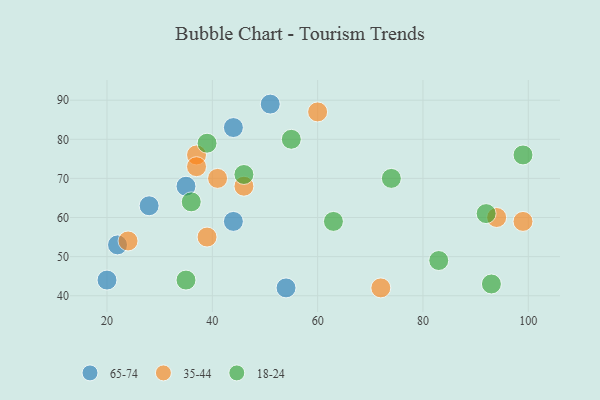
{"axis": {"x": "GDP", "y": "Life Expectancy"}, "legend": ["18-24", "35-44", "65-74"], "data": [{"x": "35", "y": 68, "type": "65-74"}, {"x": "44", "y": 59, "type": "65-74"}, {"x": "54", "y": 42, "type": "65-74"}, {"x": "28", "y": 63, "type": "65-74"}, {"x": "22", "y": 53, "type": "65-74"}, {"x": "51", "y": 89, "type": "65-74"}, {"x": "44", "y": 83, "type": "65-74"}, {"x": "20", "y": 44, "type": "65-74"}, {"x": "24", "y": 54, "type": "35-44"}, {"x": "37", "y": 76, "type": "35-44"}, {"x": "94", "y": 60, "type": "35-44"}, {"x": "41", "y": 70, "type": "35-44"}, {"x": "60", "y": 87, "type": "35-44"}, {"x": "39", "y": 55, "type": "35-44"}, {"x": "37", "y": 73, "type": "35-44"}, {"x": "99", "y": 59, "type": "35-44"}, {"x": "46", "y": 68, "type": "35-44"}, {"x": "72", "y": 42, "type": "35-44"}, {"x": "74", "y": 70, "type": "18-24"}, {"x": "46", "y": 71, "type": "18-24"}, {"x": "36", "y": 64, "type": "18-24"}, {"x": "83", "y": 49, "type": "18-24"}, {"x": "39", "y": 79, "type": "18-24"}, {"x": "92", "y": 61, "type": "18-24"}, {"x": "63", "y": 59, "type": "18-24"}, {"x": "99", "y": 76, "type": "18-24"}, {"x": "55", "y": 80, "type": "18-24"}, {"x": "93", "y": 43, "type": "18-24"}, {"x": "35", "y": 44, "type": "18-24"}]}